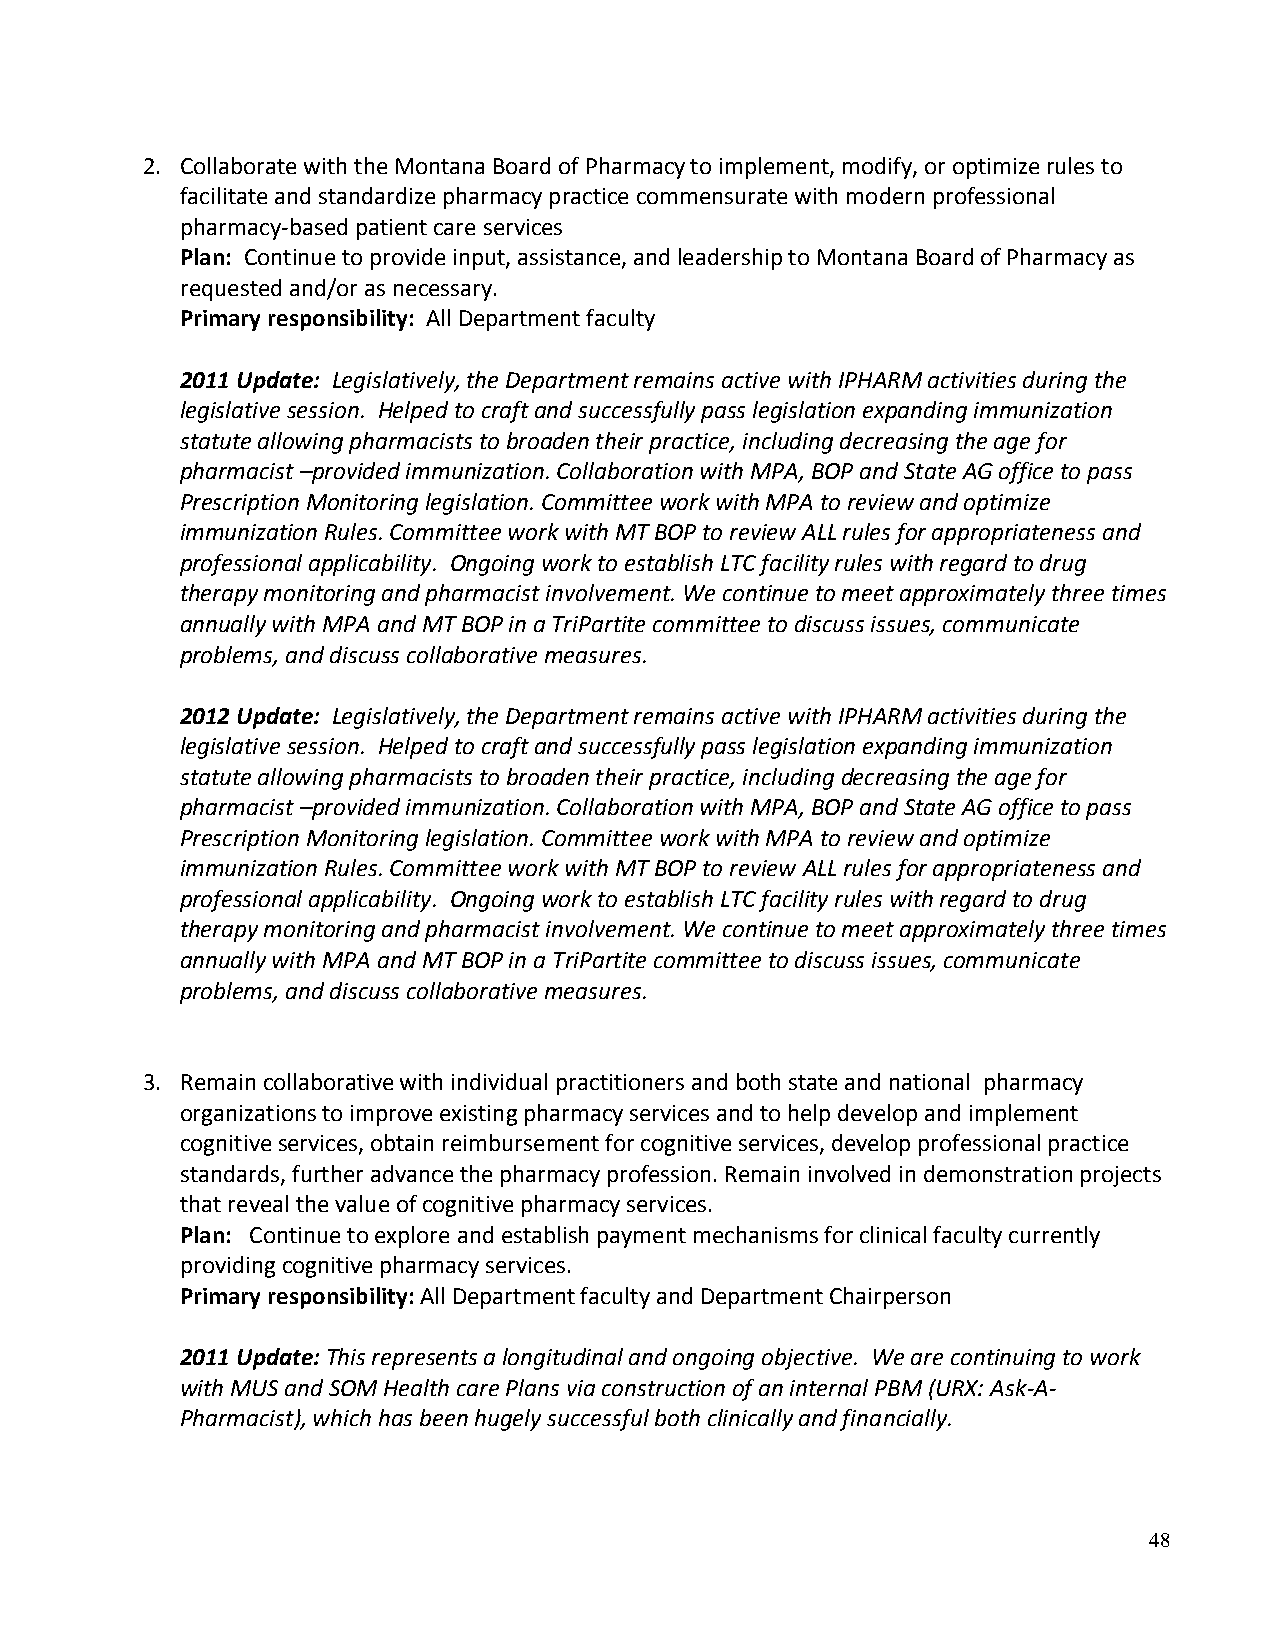
2. Collaborate with the Montana Board of Pharmacy to implement, modify, or optimize rules to
 facilitate and standardize pharmacy practice commensurate with modern professional
 pharmacy-based patient care services
 Plan: Continue to provide input, assistance, and leadership to Montana Board of Pharmacy as
 requested and/or as necessary.
 Primary responsibility: All Department faculty
 2011 Update: Legislatively, the Department remains active with IPHARM activities during the
 legislative session. Helped to craft and successfully pass legislation expanding immunization
 statute allowing pharmacists to broaden their practice, including decreasing the age for
 pharmacist –provided immunization. Collaboration with MPA, BOP and State AG office to pass
 Prescription Monitoring legislation. Committee work with MPA to review and optimize
 immunization Rules. Committee work with MT BOP to review ALL rules for appropriateness and
 professional applicability. Ongoing work to establish LTC facility rules with regard to drug
 therapy monitoring and pharmacist involvement. We continue to meet approximately three times
 annually with MPA and MT BOP in a TriPartite committee to discuss issues, communicate
 problems, and discuss collaborative measures.
 2012 Update: Legislatively, the Department remains active with IPHARM activities during the
 legislative session. Helped to craft and successfully pass legislation expanding immunization
 statute allowing pharmacists to broaden their practice, including decreasing the age for
 pharmacist –provided immunization. Collaboration with MPA, BOP and State AG office to pass
 Prescription Monitoring legislation. Committee work with MPA to review and optimize
 immunization Rules. Committee work with MT BOP to review ALL rules for appropriateness and
 professional applicability. Ongoing work to establish LTC facility rules with regard to drug
 therapy monitoring and pharmacist involvement. We continue to meet approximately three times
 annually with MPA and MT BOP in a TriPartite committee to discuss issues, communicate
 problems, and discuss collaborative measures.
 3. Remain collaborative with individual practitioners and both state and national pharmacy
 organizations to improve existing pharmacy services and to help develop and implement
 cognitive services, obtain reimbursement for cognitive services, develop professional practice
 standards, further advance the pharmacy profession. Remain involved in demonstration projects
 that reveal the value of cognitive pharmacy services.
 Plan: Continue to explore and establish payment mechanisms for clinical faculty currently
 providing cognitive pharmacy services.
 Primary responsibility: All Department faculty and Department Chairperson
 2011 Update: This represents a longitudinal and ongoing objective. We are continuing to work
 with MUS and SOM Health care Plans via construction of an internal PBM (URX: Ask-A-
 Pharmacist), which has been hugely successful both clinically and financially.
 48